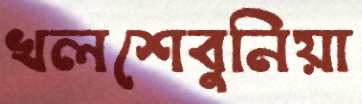
খলশেবুনিয়া